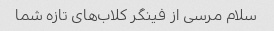
سلام مرسی از فینگر کلاب‌های تازه شما